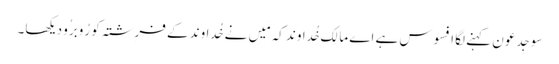
سو جِدعو ن کہنے لگا افسوس ہے اَے مالِک خُداوند کہ مَیں نے خُداوند کے فرِشتہ کو رُوبرُو دیکھا۔